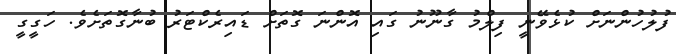
ފުލުހުންނަށް ކުޅެވޭނީ ފިލްމު ގާނޫނު ގައި އޮންނަ ގޮތަށް ޑައިރެކްޓަރު ބުނާގޮތަށެވެ. ހަގީގީ